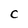
Character: C